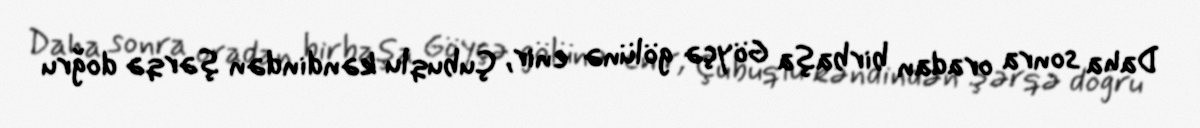
Daha sonra oradan birbaşa Göyçə gölünə enir, Çubuqlu kəndindən şərqə doğru